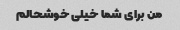
من برای شما خیلی خوشحالم